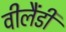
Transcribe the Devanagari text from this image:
वीलैंडी